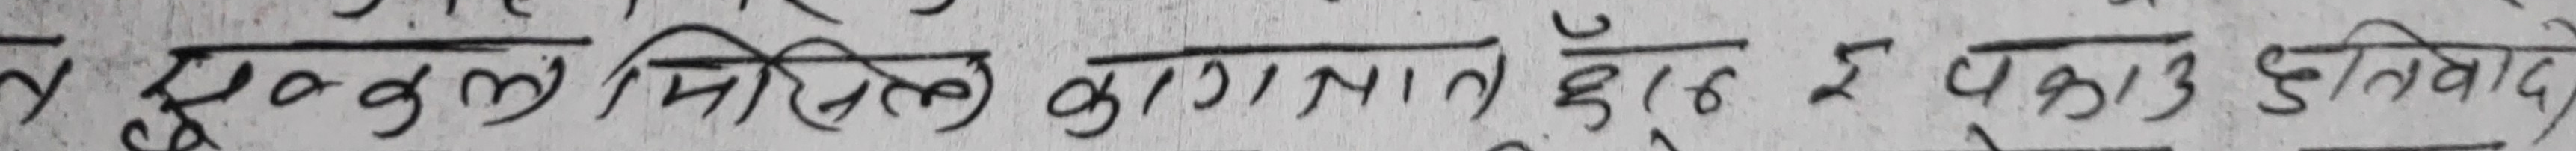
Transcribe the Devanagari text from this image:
र झ्याल मिल्ने कागजात दुरुस्त ई पकाउ हुनुपर्दछ।